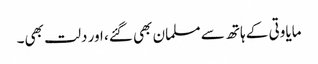
مایاوتی کے ہاتھ سے مسلمان بھی گئے، اور دلت بھی۔